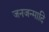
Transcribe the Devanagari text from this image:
जनजन्मादि